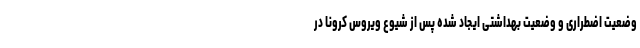
وضعیت اضطراری و وضعیت بهداشتی ایجاد شده پس از شیوع ویروس کرونا در